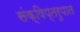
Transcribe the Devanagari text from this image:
संक्षिप्तरुपात